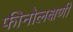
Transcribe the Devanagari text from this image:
फीनोलक्षणी